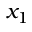
x _ { 1 }